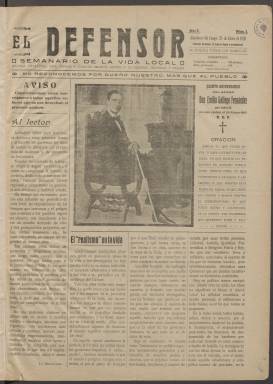
Título: El Defensor (Almodóvar del Campo)
Colección: Periódicos
Ámbito geográfico: Ciudad Real
Lugar de publicación: Almodóvar del Campo
Fechas: 25/01/1920-23/12/1936